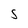
Character: S